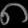
Digit: ၈